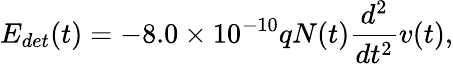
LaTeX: E_{det}(t)=-8.0\times{10}^{-10}qN(t)\frac{d^{2}}{dt^{2}}v(t),